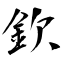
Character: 欽